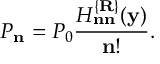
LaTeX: { \cal P } _ { \bf n } = { \cal P } _ { 0 } \frac { H _ { \bf n n } ^ { \{ { \bf R } \} } ( { \bf y } ) } { { \bf n } ! } .